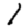
Digit: 1